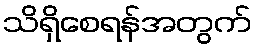
သိရှိစေရန်အတွက်